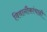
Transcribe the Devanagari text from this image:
विवानौकांचाही